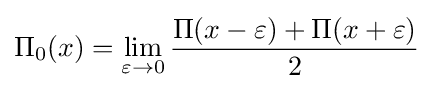
\Pi _{0}(x)=\lim _{\varepsilon \to 0}{\frac {\Pi (x-\varepsilon )+\Pi (x+\varepsilon )}{2}}